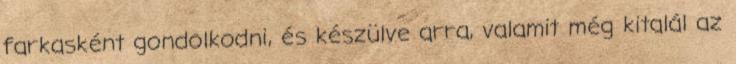
farkasként gondolkodni, és készülve arra, valamit még kitalál az